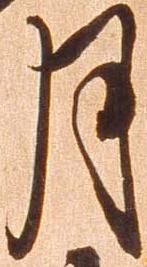
月